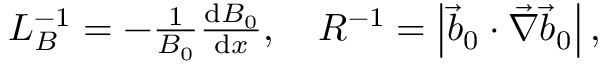
\begin{array} { r } { L _ { B } ^ { - 1 } = - \frac { 1 } { B _ { 0 } } \frac { \mathrm { d } B _ { 0 } } { \mathrm { d } x } , \quad R ^ { - 1 } = \left| \vec { b } _ { 0 } \cdot \vec { \nabla } \vec { b } _ { 0 } \right| , } \end{array}